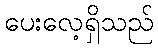
ပေးလေ့ရှိသည်